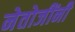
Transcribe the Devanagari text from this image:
नेतोजींनी